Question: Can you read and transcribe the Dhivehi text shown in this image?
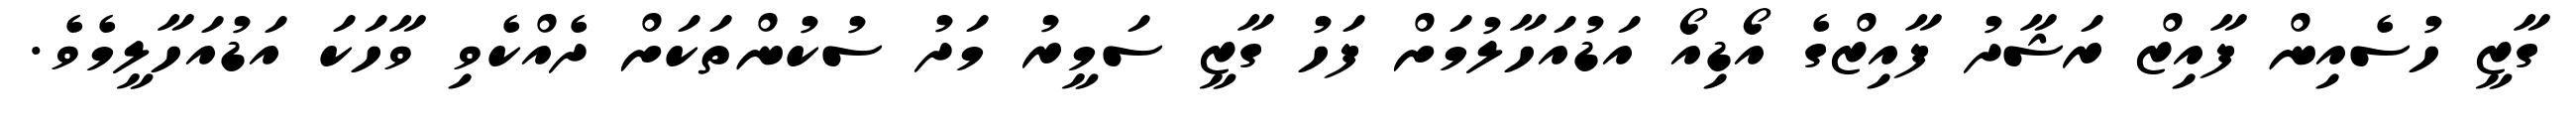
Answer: ގާޒީ ހުސެއިން ފާއިޒް ރަޝާދު ފާއިޒްގެ އޯޑިއޯ އަޑުއަހާލުމަށް ފަހު ގާޒީ ސަމީރު މަދު ސުކުންތަކަށް ދެއްކެވި ވާހަކަ އަޑުއަހާލީމެވެ.